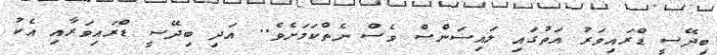
ބިދޭސީ ޑްރައިވަރު އަތުގައި ލައިސަންސް ވެސް ނެތްކަމަށެވެ.. އަދި ބިދޭސީ ޑްރައިވަރާއި އެކު